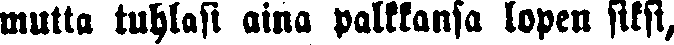
mutta tuhlasi aina palkkansa lopen siksi,